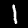
Digit: 1